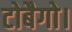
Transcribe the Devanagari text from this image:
टोबैगो।